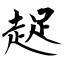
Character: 趗